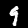
Label: 9